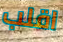
اقلب